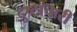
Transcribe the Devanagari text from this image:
दुष्टाचारी